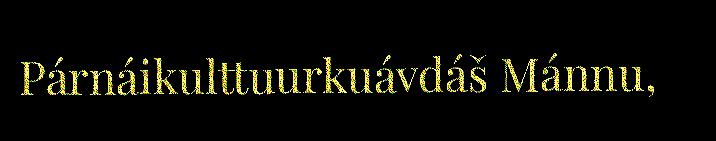
Párnáikulttuurkuávdáš Mánnu,